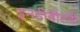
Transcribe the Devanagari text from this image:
इनहीबीटरी